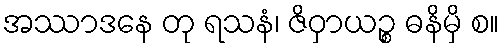
အဿာဒနေ တု ရသနံ၊ ဇိဝှာယဉ္စ ဓနိမှိ စ။